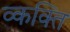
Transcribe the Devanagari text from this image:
व्कक्ति